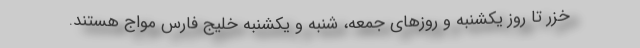
خزر تا روز یکشنبه و روزهای جمعه، شنبه و یکشنبه خلیج فارس مواج هستند.